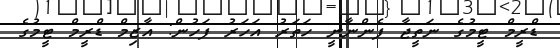
ޑްރީމް ޓީމުގެ ނަތީޖާ ފެންނާނީ ހަތަރު އަހަރު ފަހުން: އާޒިމް ޑްރީމް ޓީމުގެ